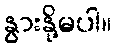
နွားနို့မပါ။